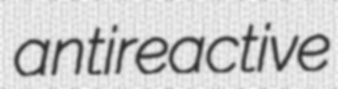
antireactive